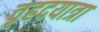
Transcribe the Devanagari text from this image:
वृहदयात्रा